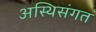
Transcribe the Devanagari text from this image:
अस्थिसंगत